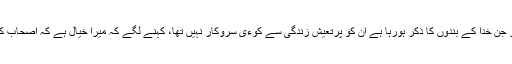
یہ سوچ کر کہ آلو سستی چیز ہے اور جن خدا کے بندوں کا ذکر ہورہا ہے ان کو پرتعیش زندگی سے کوءی سروکار نہیں تھا، کہنے لگے کہ میرا خیال ہے کہ اصحاب کرام بیشتر دن آلو ہی کھاتے ہوں گے۔